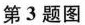
第3题图